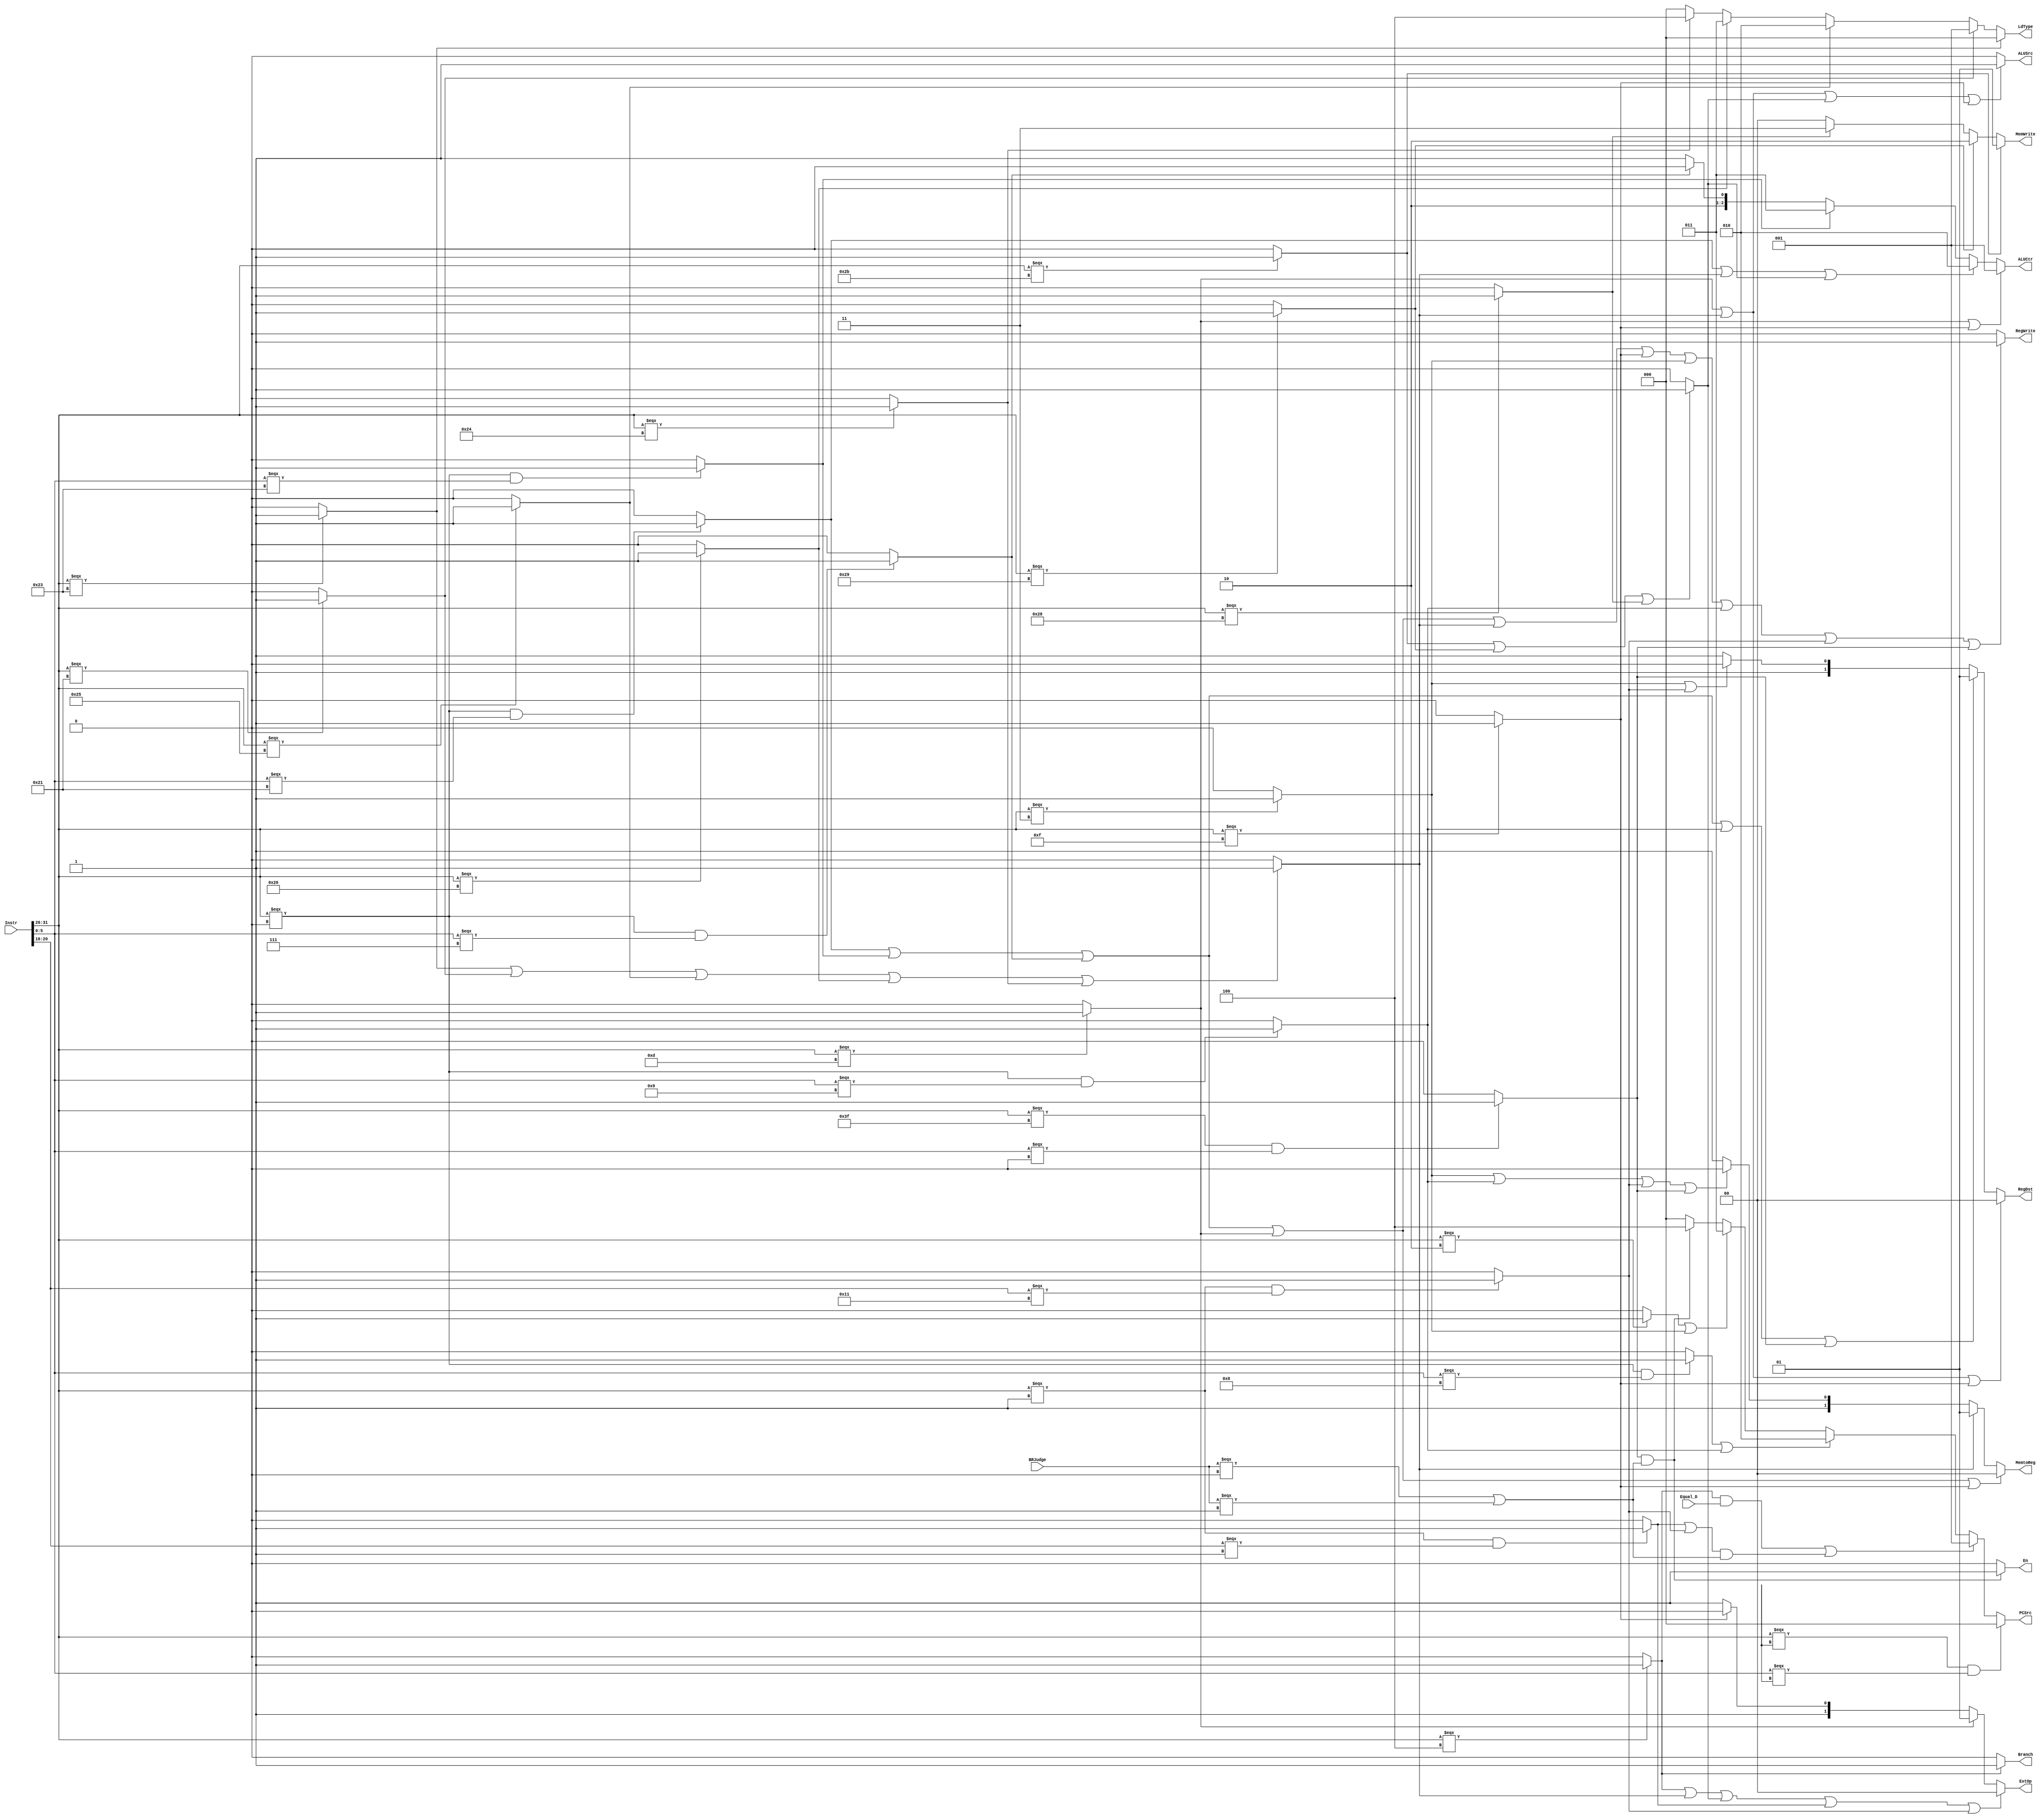
`timescale 1ns / 1ps
//////////////////////////////////////////////////////////////////////////////////
// Company: 
// Engineer: 
// 
// Design Name: 
// Module Name:    ControlUnit 
// Project Name: 
// Target Devices: 
// Tool versions: 
// Description: 
//
// Dependencies: 
//
// Revision: 
// Revision 0.01 - File Created
// Additional Comments: 
//
//////////////////////////////////////////////////////////////////////////////////

`define op Instr[31:26]
`define func Instr[5:0]
`define rt Instr[20:16]

module ControlUnit(Instr, Equal_D, BRJudge,
											RegWrite, MemtoReg, MemWrite, ALUCtr, ALUSrc, RegDst, Branch, PCSrc, ExtOp, En, LdType);
		input [31:0] Instr;
		input Equal_D;
		input [1:0] BRJudge;
		output RegWrite;
		output [1:0] MemtoReg;
		output [1:0] MemWrite;
		output [2:0] ALUCtr;
		output ALUSrc;
		output [1:0] RegDst;
		output Branch;
		output [2:0] PCSrc;
		output [1:0] ExtOp;
		output En;
		output [2:0] LdType;
		
		wire NOP, ADDU, SUBU, ORI, LUI, SRAV, BEQ, LW, LH, LHU, LB, LBU, SW, SH, SB, J, JAL, JR, JALR, BGEZ, BGEZAL, BGEZALR;
		wire Cal_r, Cal_i, Br, Load, Store;
		
		assign NOP = (`op === 6'b0 && `func === 6'b0) ? 1 : 0;
		assign ADDU = (`op === 6'b000000 && `func === 6'b100001) ? 1 : 0 ;
		assign SUBU = (`op === 6'b000000 && `func === 6'b100011) ? 1 : 0 ;
		assign ORI = (`op === 6'b001101) ? 1 : 0 ;
		assign LUI = (`op === 6'b001111) ? 1 : 0 ;
		assign SRAV = (`op === 6'b000000 && `func === 6'b000111) ? 1 : 0 ;
		assign BEQ = (`op === 6'b000100) ? 1 : 0 ;
		assign LW = (`op ===6'b100011) ? 1 : 0 ;
		assign LH = (`op ===6'b100001) ? 1 : 0 ;
		assign LHU = (`op ===6'b100101) ? 1 : 0 ;
		assign LB = (`op ===6'b100000) ? 1 : 0 ;
		assign LBU = (`op ===6'b100100) ? 1 : 0 ;
		assign SW = (`op === 6'b101011) ? 1 : 0 ;
		assign SH = (`op === 6'b101001) ? 1 : 0 ;
		assign SB = (`op === 6'b101000) ? 1 : 0 ;
		assign J = (`op === 6'b000010) ? 1 : 0 ;
		assign JAL = (`op === 6'b000011) ? 1 : 0 ;
		assign JR = (`op === 6'b000000 && `func === 6'b001000) ? 1 : 0 ;
		assign JALR = (`op === 6'b000000 && `func === 6'b001001) ? 1 : 0 ;
		assign BGEZ = (`op === 6'b000001 && `rt === 5'b00001) ? 1 : 0 ;
		assign BGEZAL = (`op === 6'b000001 && `rt === 5'b10001) ? 1 : 0 ;
		assign BGEZALR = (`op === 6'b111111 && `func === 6'b000000) ? 1 : 0 ;
		
		assign Cal_r = (ADDU || SUBU || SRAV) ? 1 : 0 ;
		assign Cal_i = (ORI || LUI) ? 1 : 0 ;
		assign Br = BEQ ? 1 : 0 ;
		assign Load = (LW || LH || LHU || LB || LBU) ? 1 : 0 ;
		assign Store = (SW || SH || SB) ? 1 : 0 ;
		
		assign RegWrite = (ADDU || SUBU || SRAV || ORI || Load || LUI || JAL || JALR || BGEZAL || BGEZALR) ? 1 : 0 ; 
		
		assign MemtoReg = (ADDU || SUBU || SRAV || ORI || LUI ) ? 2'b00 :
													(Load) ? 2'b01 : 
													(JAL || JALR || BGEZAL || BGEZALR) ? 2'b10 : 
													2'b11 ;
		
		assign MemWrite = (SW) ? 2'b01 :
														(SH) ? 2'b10 :
														(SB) ? 2'b11 : 
														2'b00;
		
		assign ALUCtr = (ORI || LUI) ? 3'b001 :
											(ADDU || Load || Store) ? 3'b010 : 
											(SUBU) ? 3'b011 : 
											(SRAV) ? 3'b100 :
											3'b101;
		
		assign ALUSrc = (ORI ||Load || Store || LUI ) ? 1 : 0 ;
		
		assign RegDst = (ORI || Load || LUI ) ? 2'b00 : 
											(ADDU || SUBU || SRAV || JALR || BGEZALR) ? 2'b01 : 
											(JAL || BGEZAL) ? 2'b10 : 
											2'b11;
		
		assign Branch = BEQ ? 1 : 0 ;
		
		assign PCSrc =    ( (`op === 6'bx) && (`func === 6'bx) ) ? 3'b000 :
											( (BEQ && Equal_D) || ((BGEZ || BGEZAL) && (BRJudge === 2'b00 || BRJudge === 2'b01)) ) ? 3'b001 :
											(JR || JALR) ? 3'b010 : 
											(J || JAL) ? 3'b011 : 
											(BGEZALR && (BRJudge === 2'b00 || BRJudge === 2'b01)) ? 3'b100 :
											3'b000 ; //(NOP || ADDU || SUBU || SRAV || ORI || Load || Store || LUI)
		
		assign ExtOp = (BEQ || Load || Store || BGEZ || BGEZAL) ? 2'b00 :
											(ORI) ? 2'b01 :
											(LUI) ? 2'b10 : 
											2'b11 ; //(JAL | J)
		
		assign LdType = (LW) ? 3'b000:
											(LH) ? 3'b001:
											(LHU) ? 3'b010:
											(LB) ? 3'b011:
											(LBU) ? 3'b100:
											3'b000 ; //others
		
		assign En = (BGEZALR && (BRJudge === 2'b00 || BRJudge === 2'b01)) ? 1 : 0 ;
endmodule